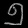
Digit: ၅